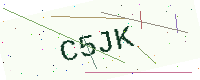
Text: C5JK